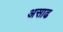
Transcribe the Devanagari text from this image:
असाढ